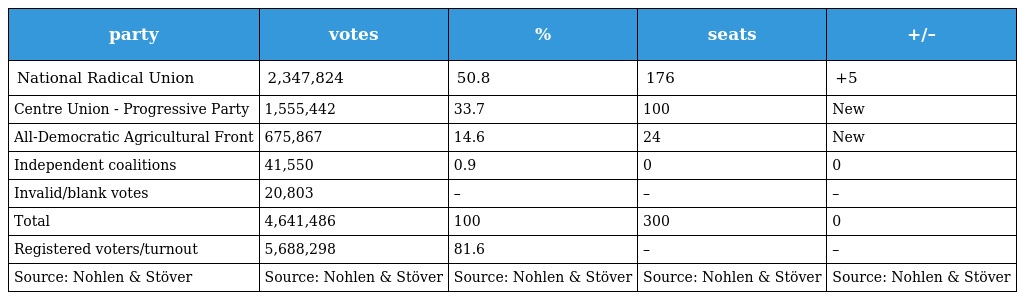
| party | votes | % | seats | +/– |
 | --- | --- | --- | --- | --- |
 | National Radical Union | 2,347,824 | 50.8 | 176 | +5 |
 | Centre Union - Progressive Party | 1,555,442 | 33.7 | 100 | New |
 | All-Democratic Agricultural Front | 675,867 | 14.6 | 24 | New |
 | Independent coalitions | 41,550 | 0.9 | 0 | 0 |
 | Invalid/blank votes | 20,803 | – | – | – |
 | Total | 4,641,486 | 100 | 300 | 0 |
 | Registered voters/turnout | 5,688,298 | 81.6 | – | – |
 | Source: Nohlen & Stöver | Source: Nohlen & Stöver | Source: Nohlen & Stöver | Source: Nohlen & Stöver | Source: Nohlen & Stöver |